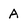
Character: A